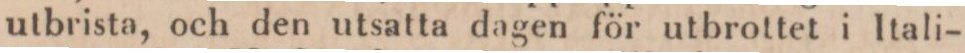
utbrista, och den utsatta dagen för utbrottet i Itali-